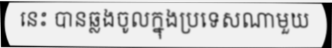
នេះ បានឆ្លងចូលក្នុងប្រទេសណាមួយ